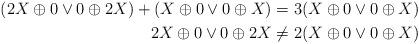
LaTeX: \begin{align*} (2X\oplus 0\vee 0\oplus 2X) + (X\oplus 0\vee 0\oplus X) &= 3(X\oplus 0 \vee0\oplus X) \\2X\oplus 0 \vee0\oplus 2X & \neq 2(X\oplus0\vee0\oplus X) \end{align*}